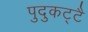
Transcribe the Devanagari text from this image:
पुदुकट्टै